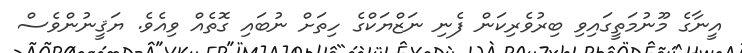
އީނާގެ މޫނުމަތީގައިވި ބިރުވެރިކަން ފެނި ނަޒްޔަކްގެ ހިތަށް ނުބައި ގޮތެއް ވިއެވެ. ޔަޤީނުންވެސް